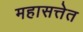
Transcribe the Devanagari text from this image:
महासत्तेत